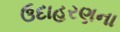
ઉદાહરણના